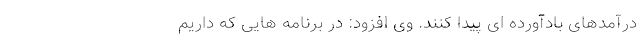
درآمدهای بادآورده ای پیدا کنند. وی افزود: در برنامه هایی که داریم